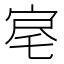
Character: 𡨉